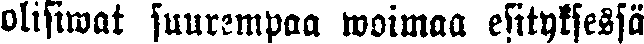
olisiwat suurempaa woimaa esityksessä